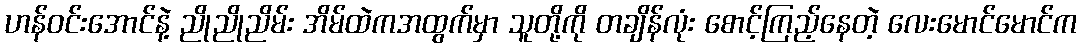
ဟန်ဝင်းအောင်နဲ့ ညိုညိုညိမ်း အိမ်ထဲကအထွက်မှာ သူတို့ကို တချိန်လုံး စောင့်ကြည့်နေတဲ့ လေးမောင်မောင်က